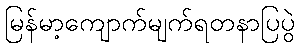
မြန်မာ့ကျောက်မျက်ရတနာပြပွဲ